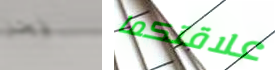
نحن علاقتكما